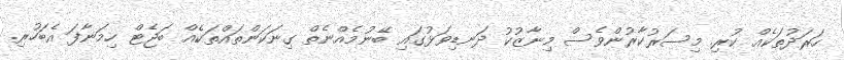
ހަރަދުތަކެއް ކުރި. މިސަރުކާރުންވެސް މިނާޒުކު ދަނޑިވަޅުގައި ބޭނުމެއްނެތް ގިނަކަންތައްތަކެއް ބަޖެޓް ހިމަނާފަ އެބަހުރި.